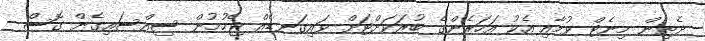
ދެތިން މިނެޓް ވުމާއި އެކު އަހަރެންގެ ބުރަކަށްޓަށް ވައިގަނޑެއް ޖެހުމުން ސިއްސައިގެން ގޮސް